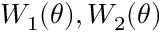
W _ { 1 } ( \theta ) , W _ { 2 } ( \theta )